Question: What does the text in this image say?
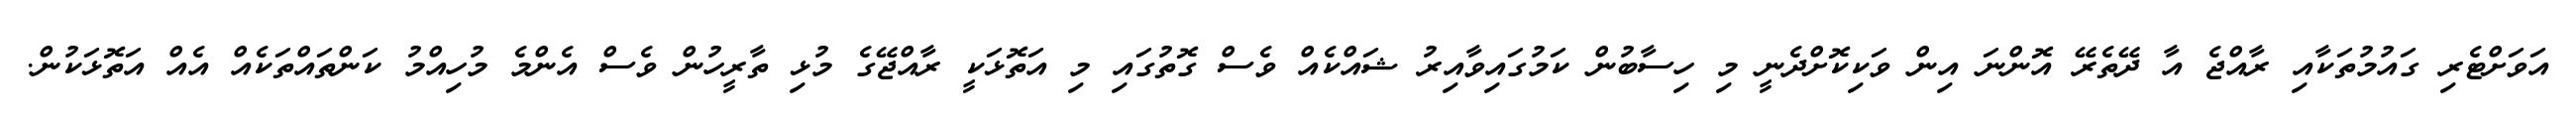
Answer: އަވަށްޓެރި ގައުމުތަކާއި ރާއްޖެ އާ ދޭތެރޭ އޮންނަ އިން ވަކިކޮށްދެނީ މި ހިސާބުން ކަމުގައިވާއިރު ޝައްކެއް ވެސް ގޮތުގައި މި އަތޮޅަކީ ރާއްޖޭގެ މުޅި ތާރީހުން ވެސް އެންމެ މުހިއްމު ކަންތައްތަކެއް އެއް އަތޮޅަކުން.